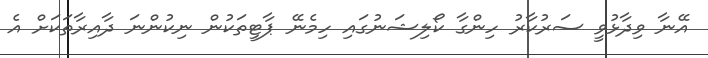
އޭނާ ވިދާޅުވީ ސަރުކާރު ހިންގާ ކޯލިޝަނުގައި ހިމެނޭ ޕާޓީތަކުން ނިކުންނަ ދާއިރާތަކަށް އެ